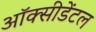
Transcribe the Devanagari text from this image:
ऑक्‍सीडेंटल